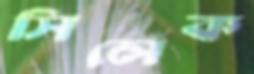
সিলেক